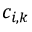
c _ { i , k }